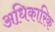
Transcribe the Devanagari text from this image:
अधि़कारिक